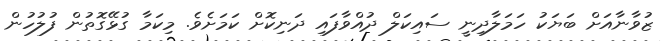
ޒުވާނާއަށް ބަޔަކު ހަމަލާދިނީ ސައިކަލް ދުއްވާފައި ދަނިކޮށް ކަމަށެވެ. މިކަމާ ގުޅޭގޮތުން ފުލުހުން